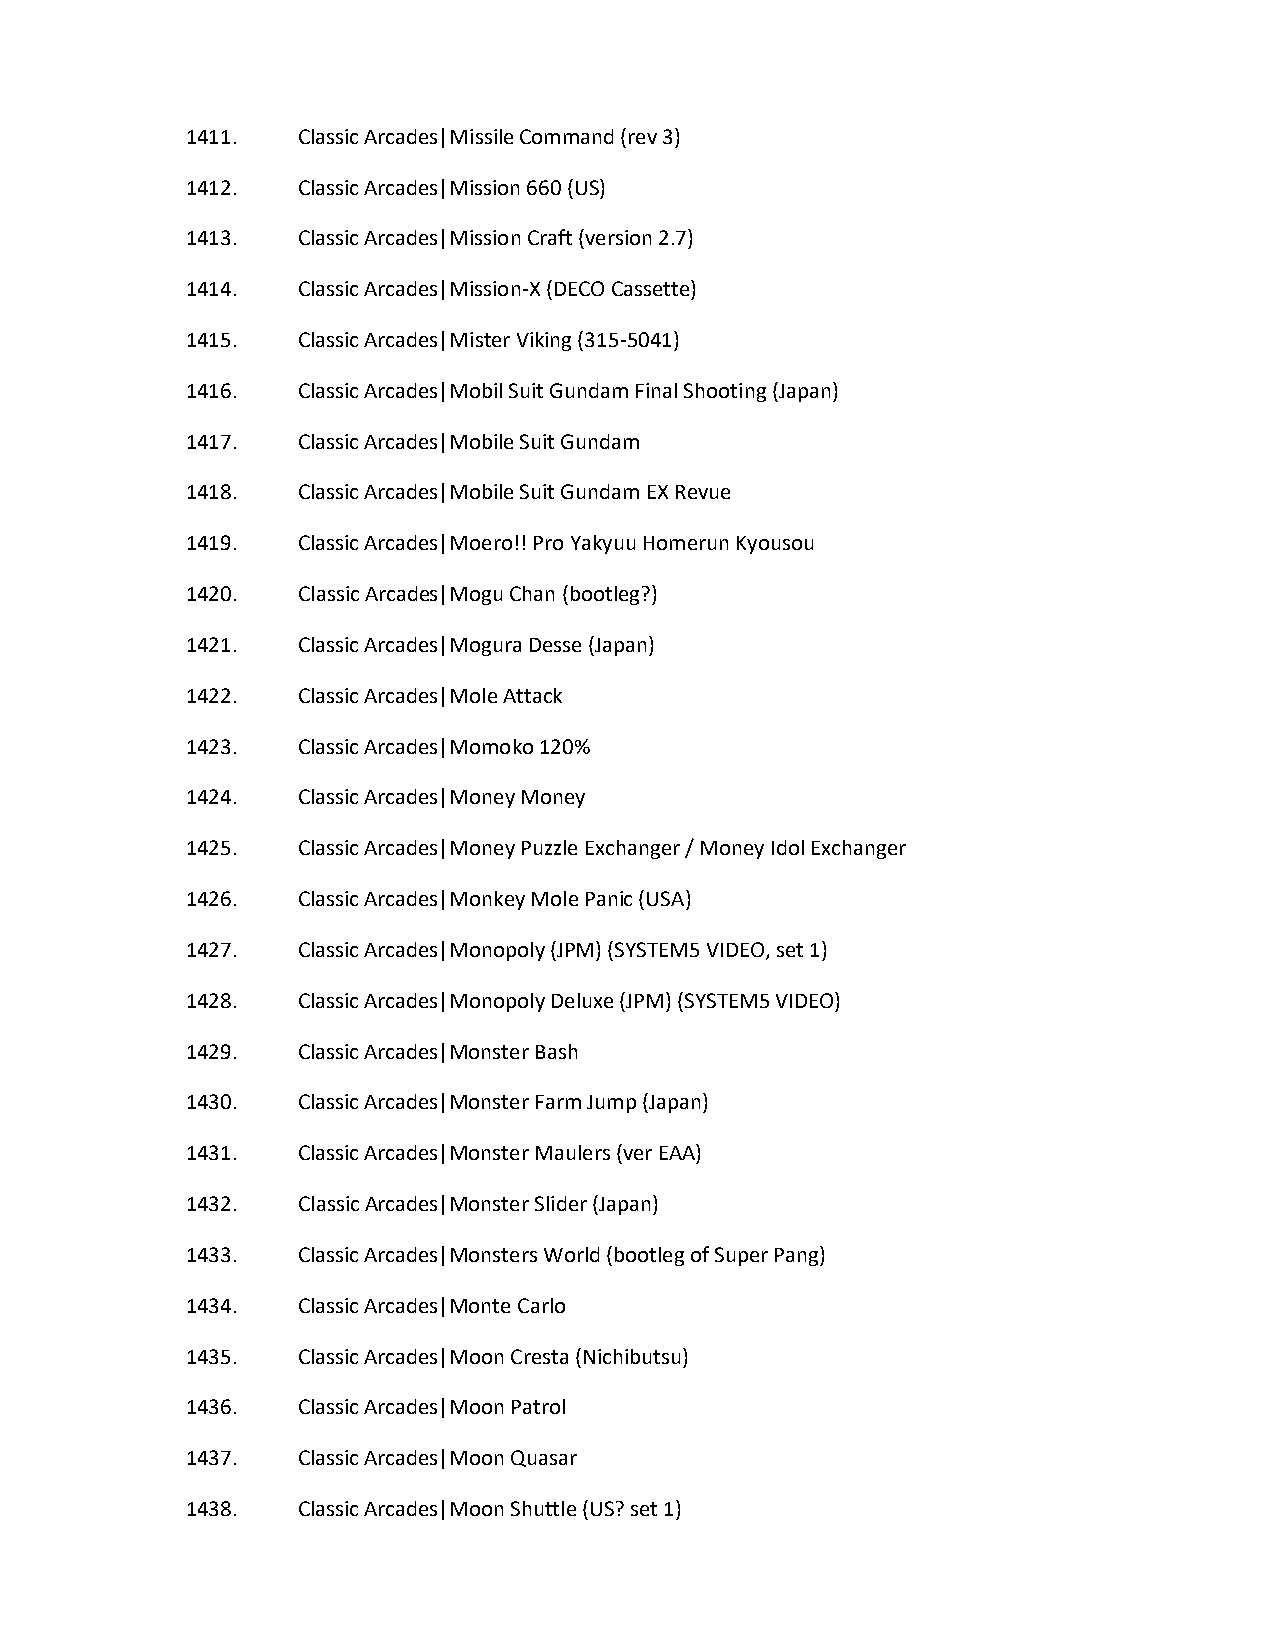
1411.   Classic Arcades|Missile Command (rev 3)
 1412.   Classic Arcades|Mission 660 (US)
 1413.   Classic Arcades|Mission Craft (version 2.7)
 1414.   Classic Arcades|Mission-X (DECO Cassette)
 1415.   Classic Arcades|Mister Viking (315-5041)
 1416.   Classic Arcades|Mobil Suit Gundam Final Shooting (Japan)
 1417.   Classic Arcades|Mobile Suit Gundam
 1418.   Classic Arcades|Mobile Suit Gundam EX Revue
 1419.   Classic Arcades|Moero!! Pro Yakyuu Homerun Kyousou
 1420.   Classic Arcades|Mogu Chan (bootleg?)
 1421.   Classic Arcades|Mogura Desse (Japan)
 1422.   Classic Arcades|Mole Attack
 1423.   Classic Arcades|Momoko 120%
 1424.   Classic Arcades|Money Money
 1425.   Classic Arcades|Money Puzzle Exchanger / Money Idol Exchanger
 1426.   Classic Arcades|Monkey Mole Panic (USA)
 1427.   Classic Arcades|Monopoly (JPM) (SYSTEM5 VIDEO, set 1)
 1428.   Classic Arcades|Monopoly Deluxe (JPM) (SYSTEM5 VIDEO)
 1429.   Classic Arcades|Monster Bash
 1430.   Classic Arcades|Monster Farm Jump (Japan)
 1431.   Classic Arcades|Monster Maulers (ver EAA)
 1432.   Classic Arcades|Monster Slider (Japan)
 1433.   Classic Arcades|Monsters World (bootleg of Super Pang)
 1434.   Classic Arcades|Monte Carlo
 1435.   Classic Arcades|Moon Cresta (Nichibutsu)
 1436.   Classic Arcades|Moon Patrol
 1437.   Classic Arcades|Moon Quasar
 1438.   Classic Arcades|Moon Shuttle (US? set 1)